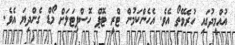
އުއްމީދުގައި ހުރެވޭތޯ އެވެ. އެހެންކަމުން ޓްރީ ޓޮޕް ހޮސްޕިޓަލަށް މޯޑް ގެންދިޔަ އެވެ.